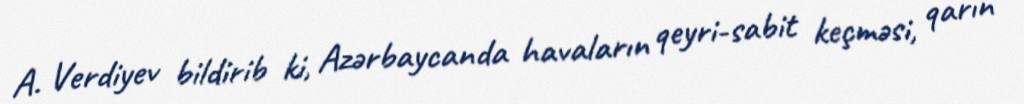
A. Verdiyev bildirib ki, Azərbaycanda havaların qeyri-sabit keçməsi, qarın